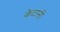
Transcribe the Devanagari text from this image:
केटानी